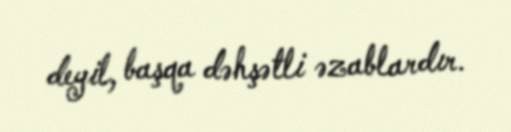
deyil, başqa dəhşətli əzablardır.